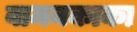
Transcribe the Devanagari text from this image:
वामनकाका